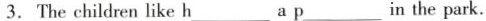
3.The children like h___a p___ in the park.